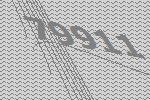
79911